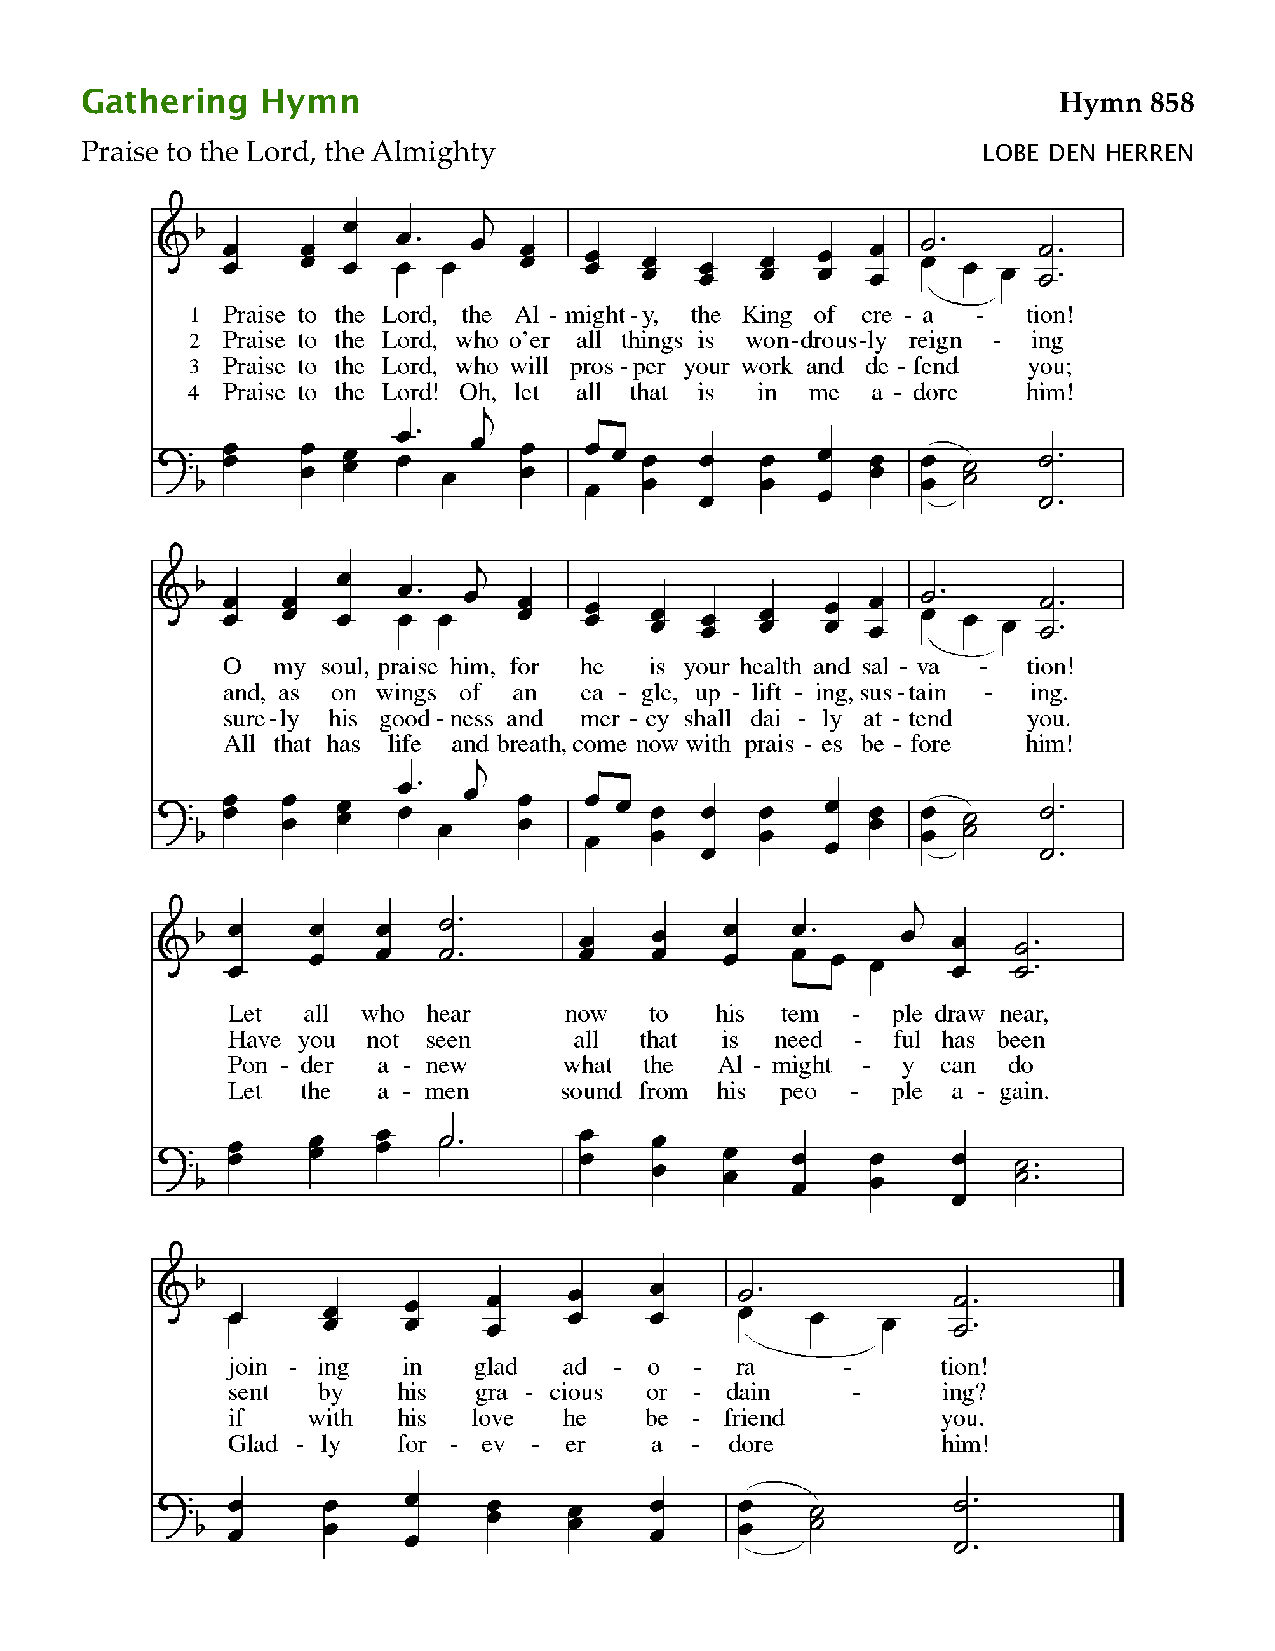
Gathering   Hymn                                                 Hymn  858
 Praise to the Lord, the Almighty                            LOBE DEN HERREN